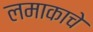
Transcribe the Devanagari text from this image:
लमाकाचे